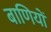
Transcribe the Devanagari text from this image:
बाणियों